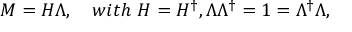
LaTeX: M = H \Lambda , \quad w i t h \ H = H ^ { \dagger } , \Lambda \Lambda ^ { \dagger } = 1 = \Lambda ^ { \dagger } \Lambda ,